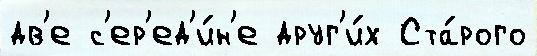
дв'е с'ер'ед'и́н'е друг'и́х Ста́рого